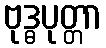
ဗုဒ္ဓပုတ္တာ